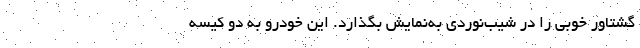
گشتاور خوبی را در شیب‌نوردی به‌نمایش بگذارد. این خودرو به دو کیسه